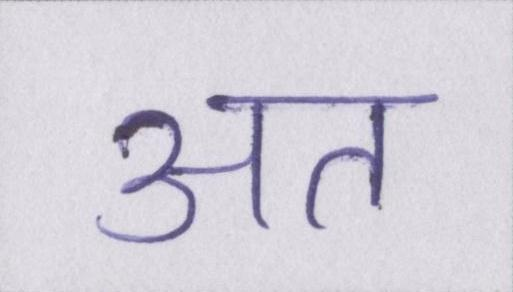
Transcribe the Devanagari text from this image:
अत